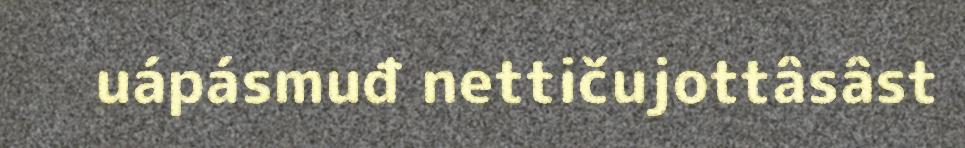
uápásmuđ nettičujottâsâst